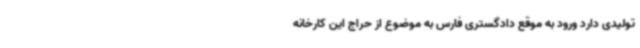
تولیدی دارد ورود به موقع دادگستری فارس به موضوع از حراج این کارخانه